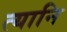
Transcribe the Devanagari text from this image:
त्यानि